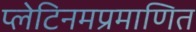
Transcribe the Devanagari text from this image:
प्लेटिनमप्रमाणित